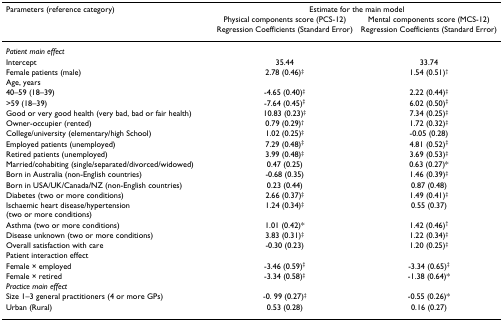
<table><thead><tr><td><b>Parameters (reference category)</b></td><td colspan="2"><b>Estimate for the main model</b></td></tr><tr><td></td><td><b>Physical components score (PCS-12)</b></td><td><b>Mental components score (MCS-12)</b></td></tr><tr><td></td><td><b>Regression Coefficients (Standard Error)</b></td><td><b>Regression Coefficients (Standard Error)</b></td></tr></thead><tbody><tr><td><i>Patient main effect</i></td><td></td><td></td></tr><tr><td>Intercept</td><td>35.44</td><td>33.74</td></tr><tr><td>Female patients (male)</td><td>2.78 (0.46)<sup>‡</sup></td><td>1.54 (0.51)<sup>†</sup></td></tr><tr><td>Age, years</td><td></td><td></td></tr><tr><td>40–59 (18–39)</td><td>-4.65 (0.40)<sup>‡</sup></td><td>2.22 (0.44)<sup>‡</sup></td></tr><tr><td>&gt;59 (18–39)</td><td>-7.64 (0.45)<sup>‡</sup></td><td>6.02 (0.50)<sup>‡</sup></td></tr><tr><td>Good or very good health (very bad, bad or fair health)</td><td>10.83 (0.23)<sup>‡</sup></td><td>7.34 (0.25)<sup>‡</sup></td></tr><tr><td>Owner-occupier (rented)</td><td>0.79 (0.29)<sup>†</sup></td><td>1.72 (0.32)<sup>‡</sup></td></tr><tr><td>College/university (elementary/high School)</td><td>1.02 (0.25)<sup>‡</sup></td><td>-0.05 (0.28)</td></tr><tr><td>Employed patients (unemployed)</td><td>7.29 (0.48)<sup>‡</sup></td><td>4.81 (0.52)<sup>‡</sup></td></tr><tr><td>Retired patients (unemployed)</td><td>3.99 (0.48)<sup>‡</sup></td><td>3.69 (0.53)<sup>‡</sup></td></tr><tr><td>Married/cohabiting (single/separated/divorced/widowed)</td><td>0.47 (0.25)</td><td>0.63 (0.27)*</td></tr><tr><td>Born in Australia (non-English countries)</td><td>-0.68 (0.35)</td><td>1.46 (0.39)<sup>‡</sup></td></tr><tr><td>Born in USA/UK/Canada/NZ (non-English countries)</td><td>0.23 (0.44)</td><td>0.87 (0.48)</td></tr><tr><td>Diabetes (two or more conditions)</td><td>2.66 (0.37)<sup>‡</sup></td><td>1.49 (0.41)<sup>‡</sup></td></tr><tr><td>Ischaemic heart disease/hypertension (two or more conditions)</td><td>1.24 (0.34)<sup>‡</sup></td><td>0.55 (0.37)</td></tr><tr><td>Asthma (two or more conditions)</td><td>1.01 (0.42)*</td><td>1.42 (0.46)<sup>†</sup></td></tr><tr><td>Disease unknown (two or more conditions)</td><td>3.83 (0.31)<sup>‡</sup></td><td>1.22 (0.34)<sup>‡</sup></td></tr><tr><td>Overall satisfaction with care</td><td>-0.30 (0.23)</td><td>1.20 (0.25)<sup>‡</sup></td></tr><tr><td>Patient interaction effect</td><td></td><td></td></tr><tr><td>Female × employed</td><td>-3.46 (0.59)<sup>‡</sup></td><td>-3.34 (0.65)<sup>‡</sup></td></tr><tr><td>Female × retired</td><td>-3.34 (0.58)<sup>‡</sup></td><td>-1.38 (0.64)*</td></tr><tr><td><i>Practice main effect</i></td><td></td><td></td></tr><tr><td>Size 1–3 general practitioners (4 or more GPs)</td><td>-0. 99 (0.27)<sup>‡</sup></td><td>-0.55 (0.26)*</td></tr><tr><td>Urban (Rural)</td><td>0.53 (0.28)</td><td>0.16 (0.27)</td></tr></tbody></table>